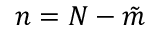
n = N - \tilde { m }